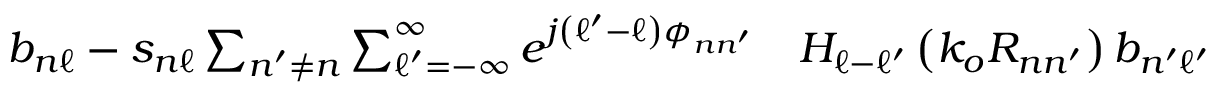
\begin{array} { r l } { b _ { n \ell } - s _ { n \ell } \sum _ { n ^ { \prime } \neq n } \sum _ { \ell ^ { \prime } = - \infty } ^ { \infty } e ^ { j \left( \ell ^ { \prime } - \ell \right) \phi _ { n n ^ { \prime } } } } & { { } H _ { \ell - \ell ^ { \prime } } \left( k _ { o } R _ { n n ^ { \prime } } \right) b _ { n ^ { \prime } \ell ^ { \prime } } } \end{array}